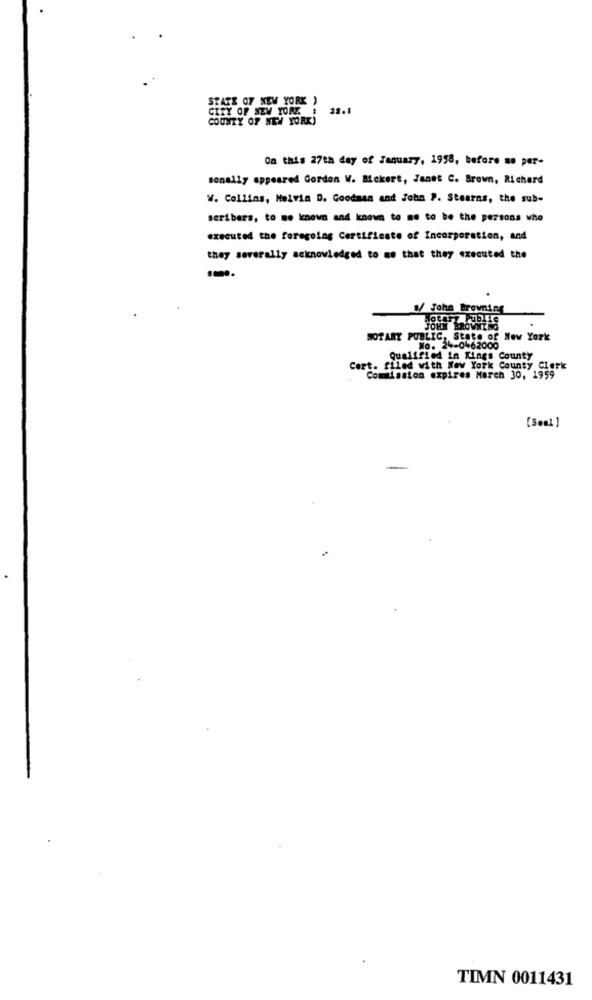
STATE OF NEW YORK )
CITY OF NEW YORK !
31.1
COUNTY OF NEW YORK)
On this 27th day of January, 1958, before us per-
sonally appeared Gordon W. Mekert, Janet C. Brown, Richard
W. Collins, Melvin D. Goodman and John P. Stearns, the sub-
seribers, to me known and known to me to be the persons who
executed the foregoing Certificate of Incorporation, and
they severally acknowledged to me that they executed the
./ John Browning
Notary Public
JOHN BROWNING
NOTARY PUBLIC, State of New York
No. 24-0462000
Qualified in Kings County
Cort. filed with New York County Clerk
Comission expires March 30, 1959
[Seni ]
TIMN 0011431